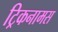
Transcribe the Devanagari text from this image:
ट्रिकनामस